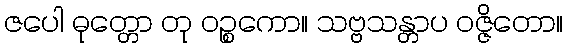
ဇပေါ ဓုတ္တော တု ဝဉ္စကော။ သဗ္ဗသန္တာပ ဝဇ္ဇိတော။